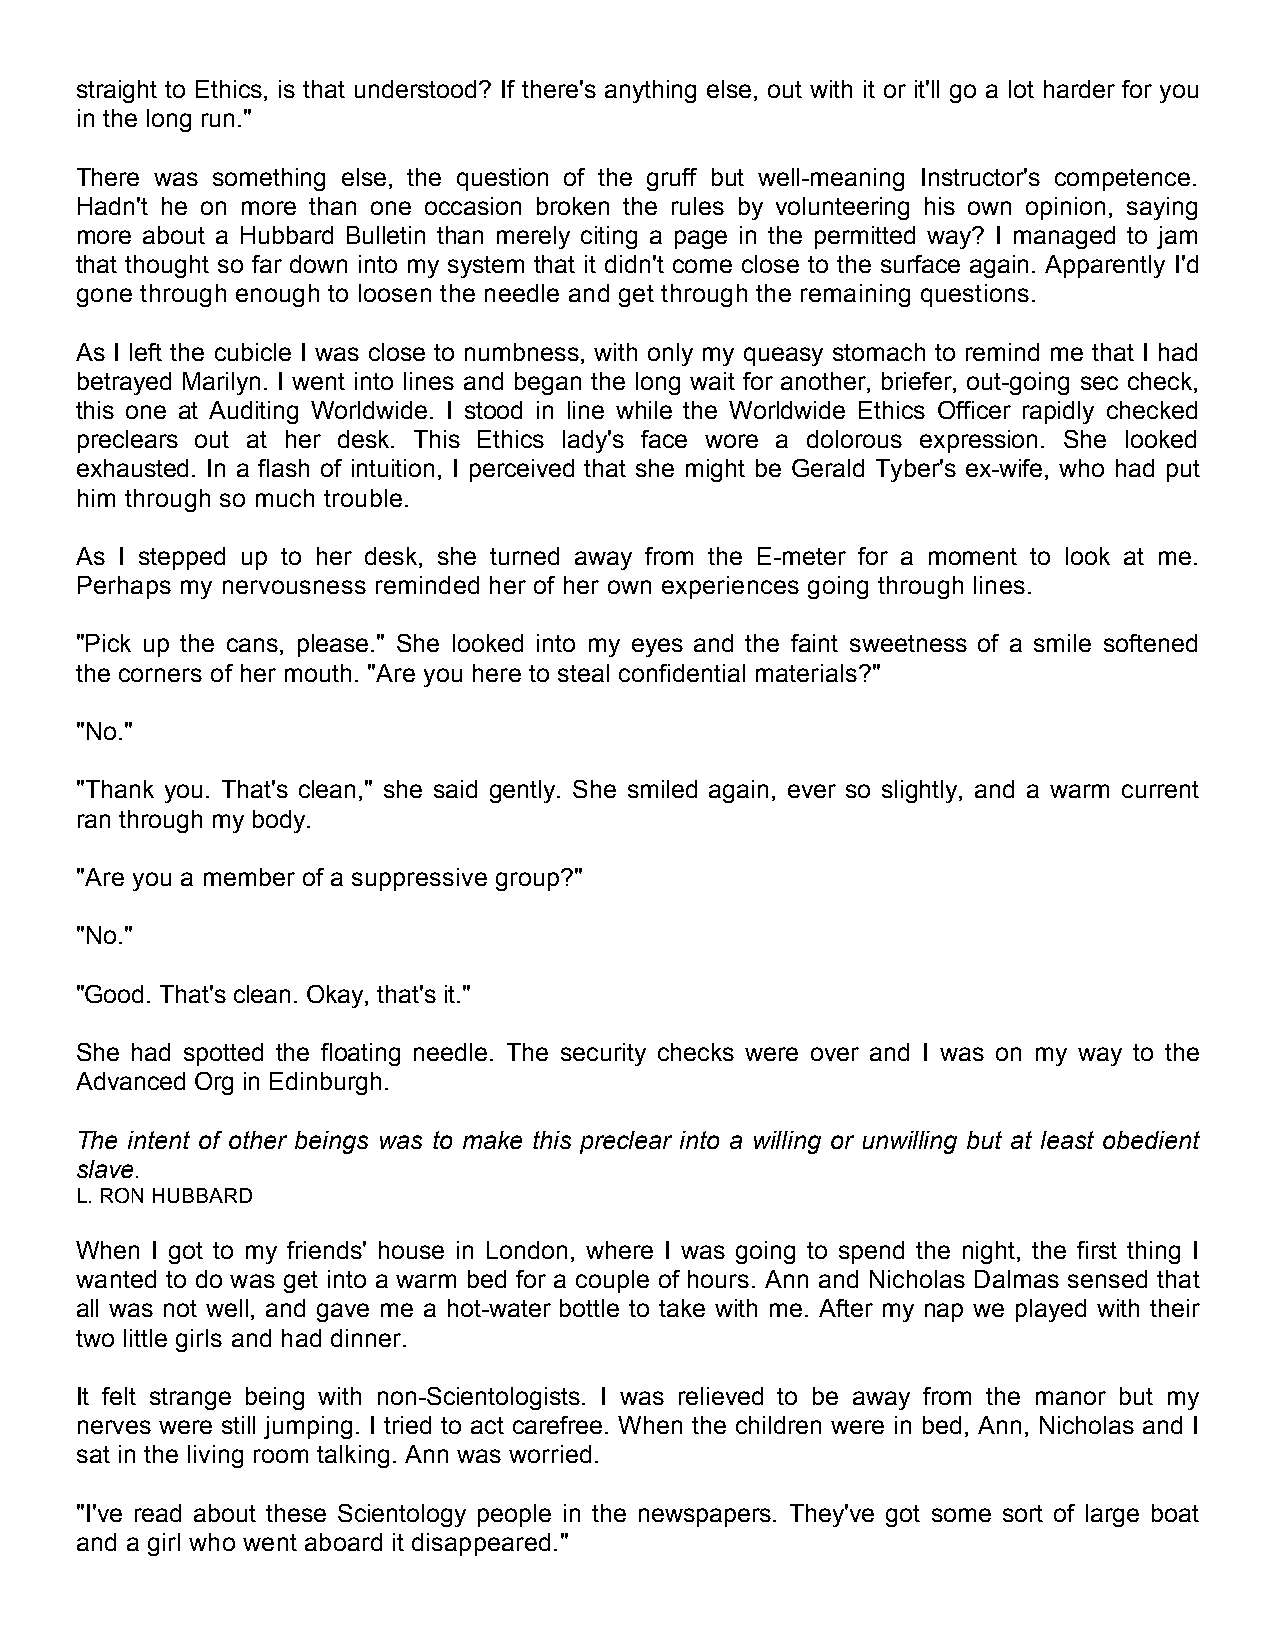
straight to Ethics, is that understood? If there's anything else, out with it or it'll go a lot harder for you
 in the long run."
 There was something else, the question of the gruff but well-meaning Instructor's competence.
 Hadn't he on more than one occasion broken the rules by volunteering his own opinion, saying
 more about a Hubbard Bulletin than merely citing a page in the permitted way? I managed to jam
 that thought so far down into my system that it didn't come close to the surface again. Apparently I'd
 gone through enough to loosen the needle and get through the remaining questions.
 As I left the cubicle I was close to numbness, with only my queasy stomach to remind me that I had
 betrayed Marilyn. I went into lines and began the long wait for another, briefer, out-going sec check,
 this one at Auditing Worldwide. I stood in line while the Worldwide Ethics Officer rapidly checked
 preclears out at her desk. This Ethics lady's face wore a dolorous expression. She looked
 exhausted. In a flash of intuition, I perceived that she might be Gerald Tyber's ex-wife, who had put
 him through so much trouble.
 As I stepped up to her desk, she turned away from the E-meter for a moment to look at me.
 Perhaps my nervousness reminded her of her own experiences going through lines.
 "Pick up the cans, please." She looked into my eyes and the faint sweetness of a smile softened
 the corners of her mouth. "Are you here to steal confidential materials?"
 "No."
 "Thank you. That's clean," she said gently. She smiled again, ever so slightly, and a warm current
 ran through my body.
 "Are you a member of a suppressive group?"
 "No."
 "Good. That's clean. Okay, that's it."
 She had spotted the floating needle. The security checks were over and I was on my way to the
 Advanced Org in Edinburgh.
 The intent of other beings was to make this preclear into a willing or unwilling but at least obedient
 slave.
 L. RON HUBBARD
 When I got to my friends' house in London, where I was going to spend the night, the first thing I
 wanted to do was get into a warm bed for a couple of hours. Ann and Nicholas Dalmas sensed that
 all was not well, and gave me a hot-water bottle to take with me. After my nap we played with their
 two little girls and had dinner.
 It felt strange being with non-Scientologists. I was relieved to be away from the manor but my
 nerves were still jumping. I tried to act carefree. When the children were in bed, Ann, Nicholas and I
 sat in the living room talking. Ann was worried.
 "I've read about these Scientology people in the newspapers. They've got some sort of large boat
 and a girl who went aboard it disappeared."